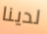
لدينا